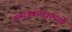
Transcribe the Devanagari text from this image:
समाजबांधवांमध्ये